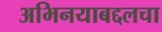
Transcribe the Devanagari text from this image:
अभिनयाबद्दलचा